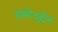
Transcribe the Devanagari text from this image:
हम्मीदुद्दीन